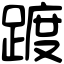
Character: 踱